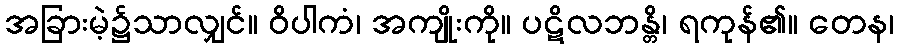
အခြားမဲ့၌သာလျှင်။ ဝိပါကံ၊ အကျိုးကို။ ပဋိလဘန္တိ၊ ရကုန်၏။ တေန၊